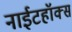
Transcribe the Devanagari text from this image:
नाईटहॉक्स